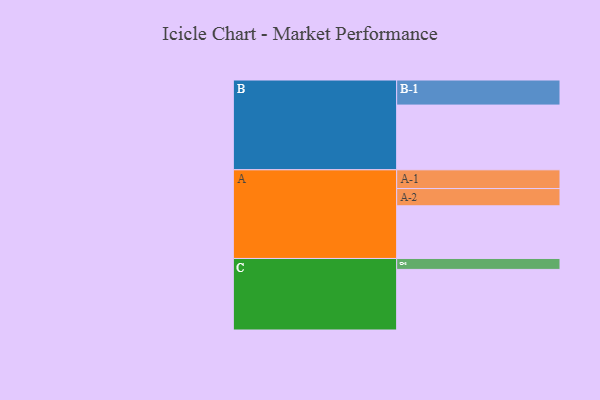
{"axis": {"x": "Segment", "y": "Value"}, "legend": ["", "A", "B", "C"], "data": [{"x": "A", "y": 458, "type": ""}, {"x": "B", "y": 563, "type": ""}, {"x": "C", "y": 527, "type": ""}, {"x": "A-1", "y": 163, "type": "A"}, {"x": "A-2", "y": 150, "type": "A"}, {"x": "B-1", "y": 218, "type": "B"}, {"x": "C-1", "y": 95, "type": "C"}]}